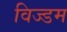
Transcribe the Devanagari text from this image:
विज्डम